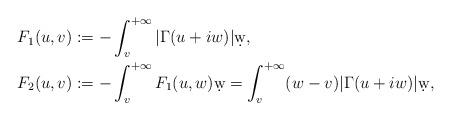
LaTeX: \begin{align*}F_1(u,v) &:= -\int_{v}^{+\infty} |\Gamma(u+iw)|\d w,\\F_2(u,v) &:= -\int_{v}^{+\infty} F_1(u,w)\d w = \int_{v}^{+\infty} (w-v)|\Gamma(u+iw)|\d w,\end{align*}